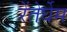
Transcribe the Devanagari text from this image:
रेंतेर्घेम